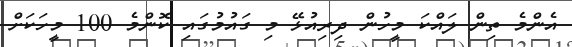
އެންމެ ތިން ލައްކަ މީހުން ދިރިއުޅޭ މި ގައުމުގައި ކޮންމެ 100 މީހަކަށް